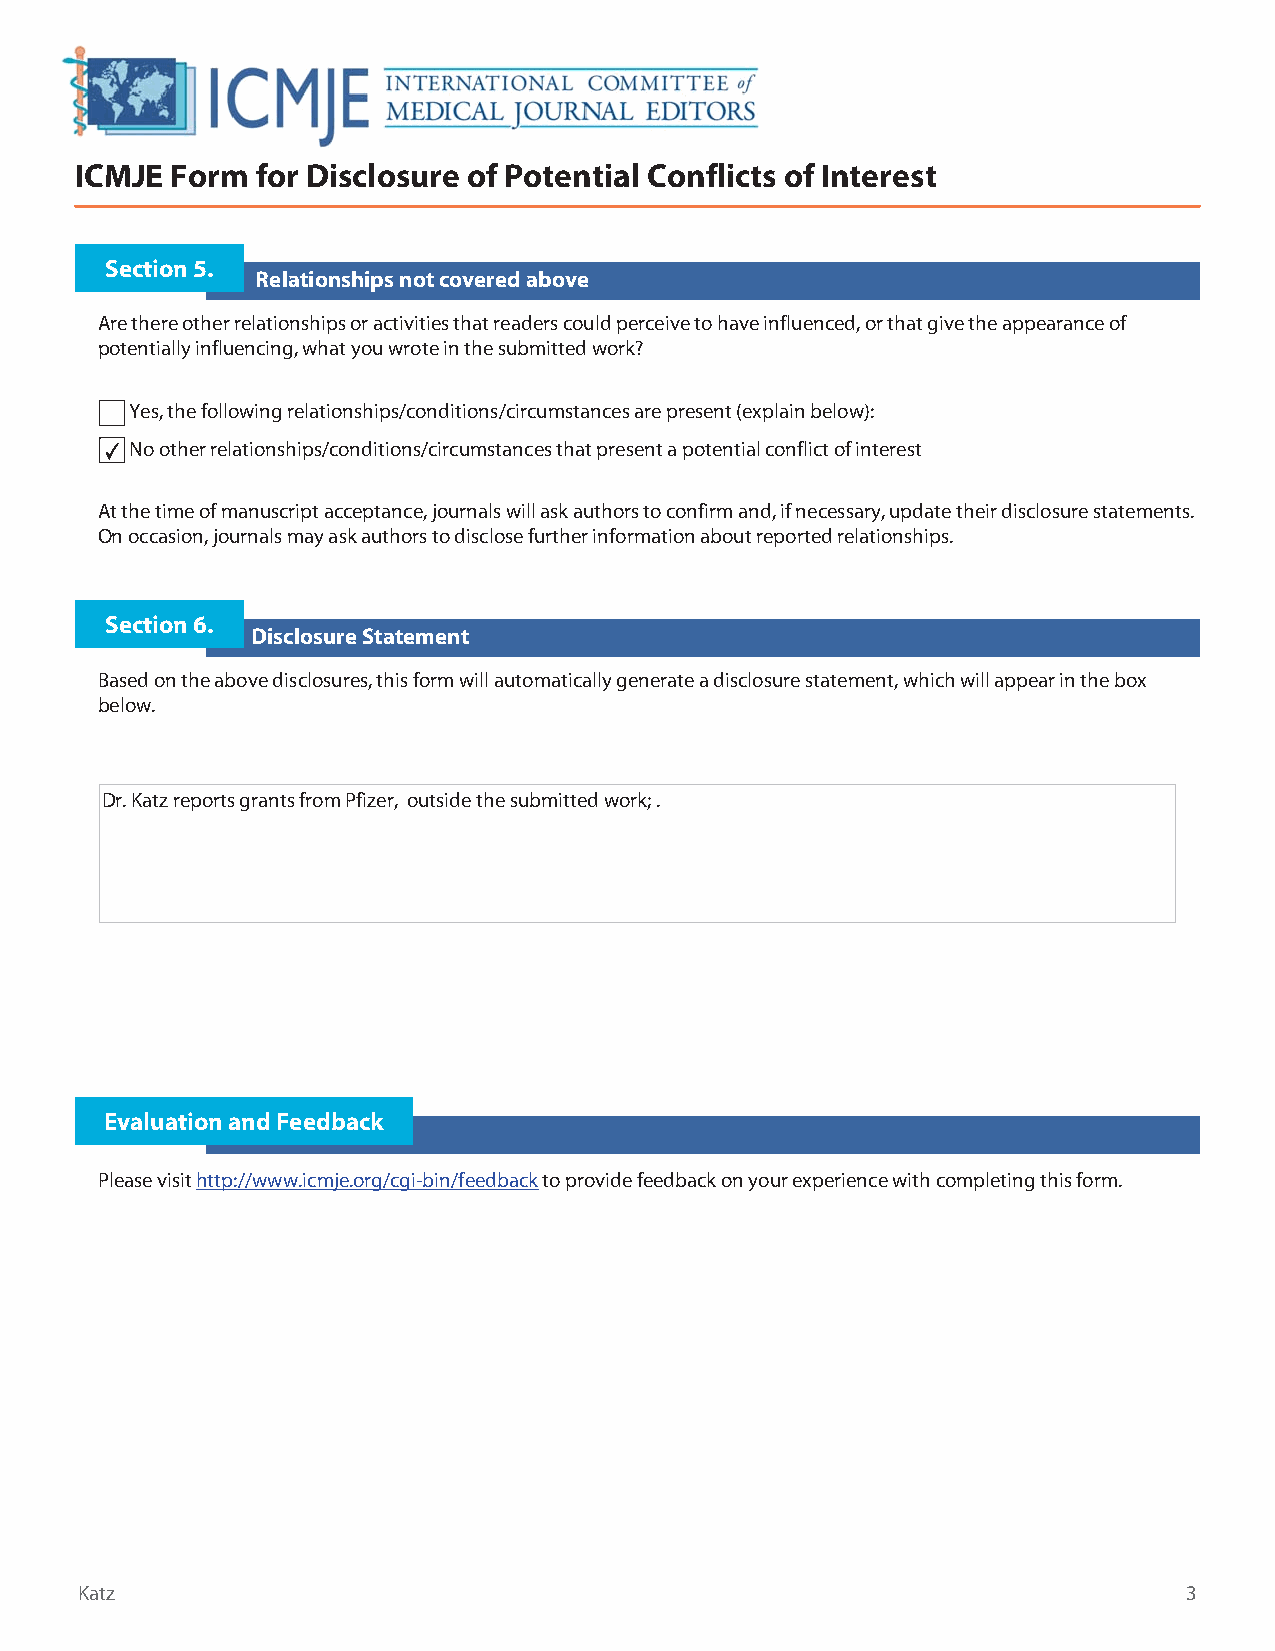
ICMJE Form  for Disclosure of Potential Conflicts of Interest
 Section 5.
 Relationships not covered above
 Are there other relationships or activities that readers could perceive to have influenced, or that give the appearance of
 potentially influencing, what you wrote in the submitted work?
 Yes, the following relationships/conditions/circumstances are present (explain below):
 ✔ No other relationships/conditions/circumstances that present a potential conflict of interest
 At the time of manuscript acceptance, journals will ask authors to confirm and, if necessary, update their disclosure statements.
 On occasion, journals may ask authors to disclose further information about reported relationships.
 Section 6.
 Disclosure Statement
 Based on the above disclosures, this form will automatically generate a disclosure statement, which will appear in the box
 below.
 Dr. Katz reports grants from Pfizer, outside the submitted work; .
 Evaluation and Feedback
 Please visit http://www.icmje.org/cgi-bin/feedback to provide feedback on your experience with completing this form.
 Katz                                                                      3